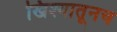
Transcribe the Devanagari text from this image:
खिश्यातूनच